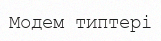
Модем типтері